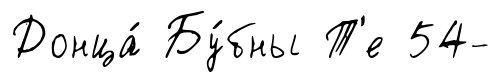
Донца́ Бу́бны Т'е 54-